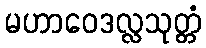
မဟာဝေဒလ္လသုတ္တံ